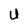
Character: U